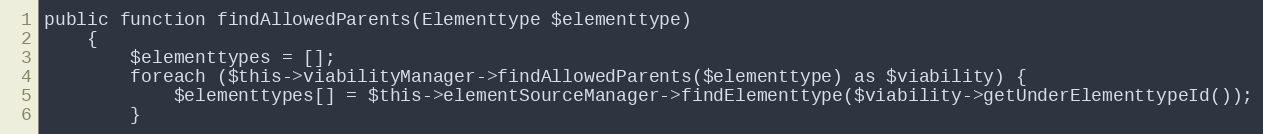
Language: PHP
public function findAllowedParents(Elementtype $elementtype)
    {
        $elementtypes = [];
        foreach ($this->viabilityManager->findAllowedParents($elementtype) as $viability) {
            $elementtypes[] = $this->elementSourceManager->findElementtype($viability->getUnderElementtypeId());
        }